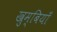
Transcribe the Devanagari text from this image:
खुम्बियाँ